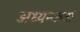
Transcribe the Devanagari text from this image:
अध्यन्कर्ता